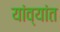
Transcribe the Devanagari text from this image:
यांव्यांत